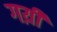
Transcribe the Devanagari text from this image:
गय़ीं